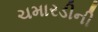
ચમારડીની